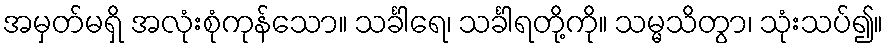
အမှတ်မရှိ အလုံးစုံကုန်သော။ သင်္ခါရေ၊ သင်္ခါရတို့ကို။ သမ္မသိတွာ၊ သုံးသပ်၍။